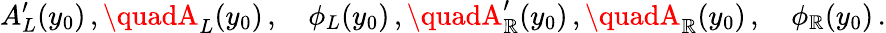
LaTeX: A_{L}^{\prime}(y_{0})\, ,\quadA_{L}(y_{0})\, ,\quad\phi_{L}(y_{0})\, ,\quadA_{\mathbb{R}}^{\prime}(y_{0})\, ,\quadA_{\mathbb{R}}(y_{0})\, ,\quad\phi_{\mathbb{R}}(y_{0})\, .